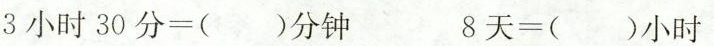
3小时30分=()分钟 8天=()小时